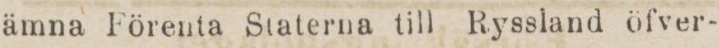
ämna Förenta Staterna till Ryssland öfver-